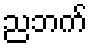
ညဘက်